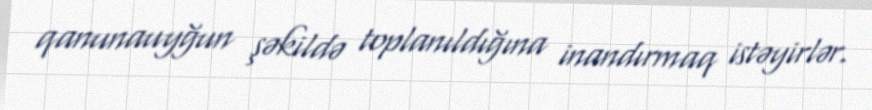
qanunauyğun şəkildə toplanıldığına inandırmaq istəyirlər.